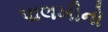
પાલખીનો